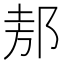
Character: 𲆒